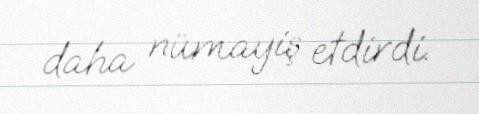
daha nümayiş etdirdi.